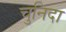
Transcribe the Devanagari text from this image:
चुनिदा